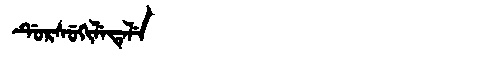
Manchu: ᡩᡠᡵᠰᡠᡴᡳᠯᡝᡨᡝᠯᡝ
Romanization: DURSUKILETELE